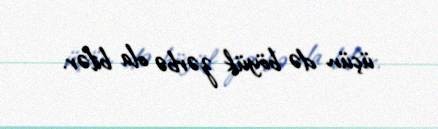
üçün də böyük zərbə ola bilər.